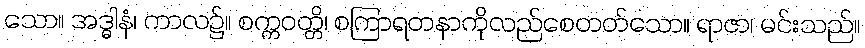
သော။ အဒ္ဓါနံ၊ ကာလ၌။ စက္ကဝတ္တိ၊ စကြာရတနာကိုလည်စေတတ်သော။ ရာဇာ၊ မင်းသည်။